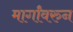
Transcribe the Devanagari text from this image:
मार्गांवरुन